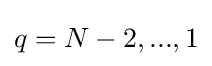
{\textstyle q=N-2,...,1}